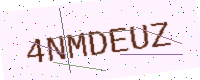
Text: 4NMDEUZ